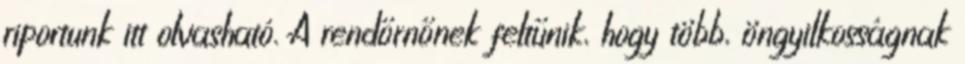
riportunk itt olvasható. A rendőrnőnek feltűnik, hogy több, öngyilkosságnak